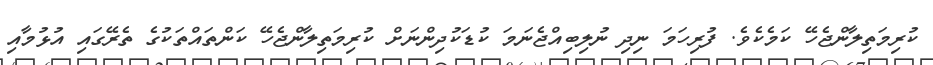
ކުރިމަތިލާންޖެހޭ ކަމެކެވެ. ފުރިހަމަ ނިދި ނުލިބިއްޖެނަމަ ކުޑަކުދިންނަށް ކުރިމަތިލާންޖެހޭ ކަންތައްތަކުގެ ތެރޭގައި އުޅުމާއި